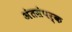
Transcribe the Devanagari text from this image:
अंतसंपर्क